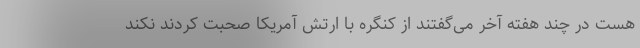
هست در چند هفته آخر می‌گفتند از کنگره با ارتش آمریکا صحبت کردند نکند